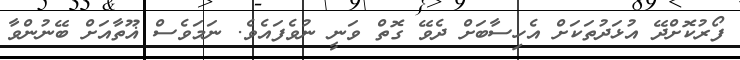
ފޯރުކޮށްދޭ އުޅަދުތަކަށް އެހިސާބަށް ދެވޭ ގޮތް ވަނީ ނުވެފައެވެ. ނަމަވެސް ޣޫތާއަށް ބޭނުންވާ